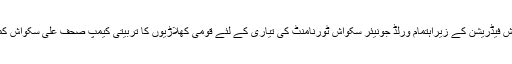
20 مئی2018ء) پاکستان سکواش فیڈریشن کے زیراہتمام ورلڈ جونیئر سکواش ٹورنامنٹ کی تیاری کے لئے قومی کھلاڑیوں کا تربیتی کیمپ صحف علی سکواش کمپلیکس اسلام آباد میں جاری ہے۔